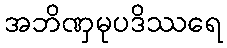
အဘိဏှမုပဒိဿရေ